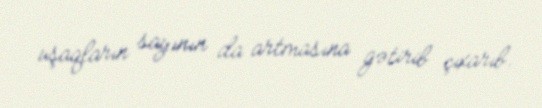
uşaqların sayının da artmasına gətirib çıxarıb.